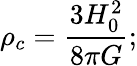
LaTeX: \rho_{c}={\frac{3H_{0}^{2}}{8\pi G}};